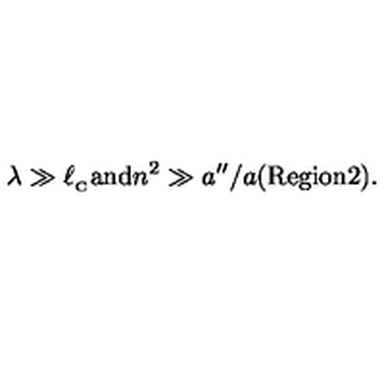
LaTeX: \lambda \gg \ell _ { _ \mathrm { C } } { \mathrm { a n d } } n ^ { 2 } \gg a ^ { \prime \prime } / a ( \mathrm { { R e g i o n 2 } } ) .